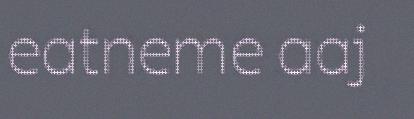
eatneme aaj